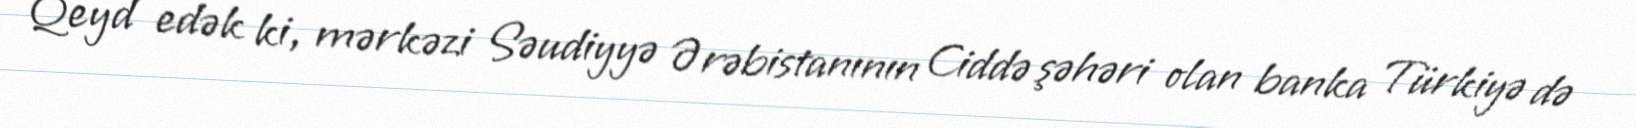
Qeyd edək ki, mərkəzi Səudiyyə Ərəbistanının Ciddə şəhəri olan banka Türkiyə də